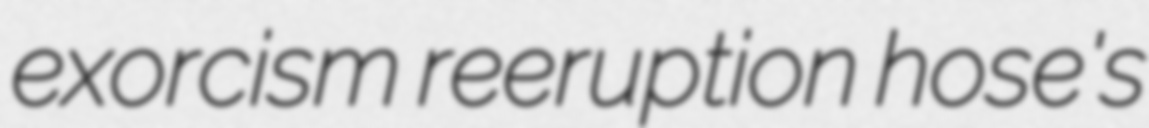
exorcism reeruption hose's